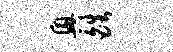
兴皓